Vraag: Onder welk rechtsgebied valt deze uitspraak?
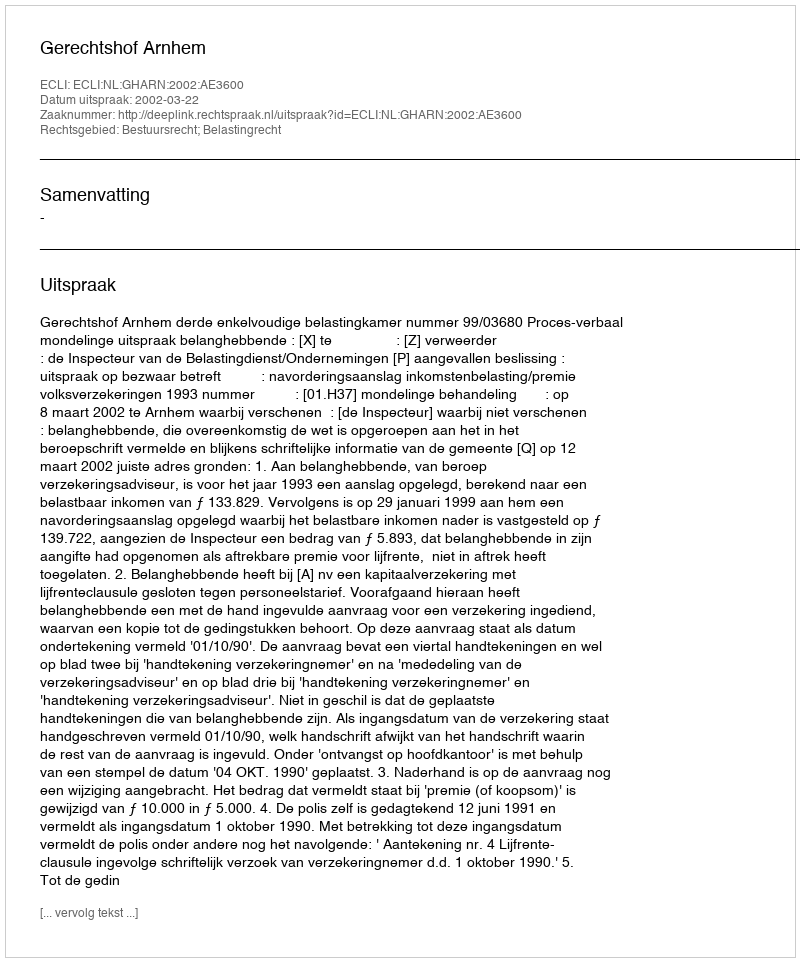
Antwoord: Bestuursrecht; Belastingrecht